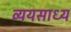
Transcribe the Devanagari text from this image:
व्‍ययसाध्‍य